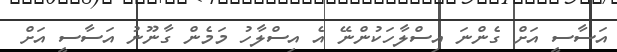
އަސާސީ އަށް ގެންނަ އިސްލާހަކުންނޭ އެ އިސްލާހު މަމެން ގާނޫނު އަސާސީ އަށް